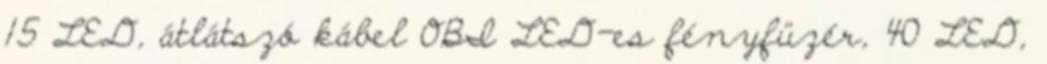
15 LED, átlátszó kábel OBI LED-es fényfüzér, 40 LED,